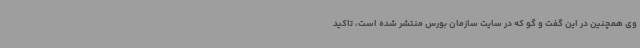
وی همچنین در این گفت و گو که در سایت سازمان بورس منتشر شده است، تاکید